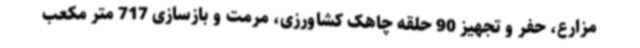
مزارع، حفر و تجهیز 90 حلقه چاهک کشاورزی، مرمت و بازسازی 717 متر مکعب